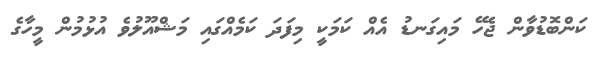
ކަންބޮޑުވާން ޖެހޭ މައިގަނޑު އެއް ކަމަކީ މިފަދަ ކަމެއްގައި މަޝްއޫލުވެ އުޅުމުން މީހާގެ